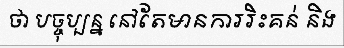
ថា បច្ចុប្បន្ន នៅតែមានការរិះគន់ និង